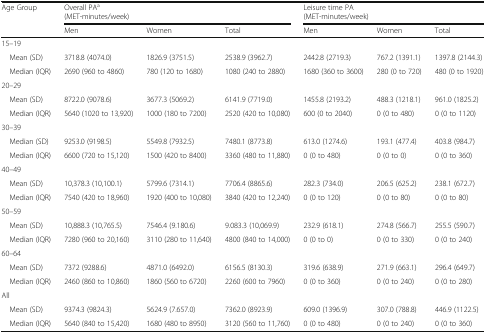
<table><thead><tr><td rowspan="3"><b>Age Group</b></td><td colspan="3"><b>Overall PA<sup>a</sup></b></td><td colspan="3"><b>Leisure time PA</b></td></tr><tr><td colspan="3"><b>(MET-minutes/week)</b></td><td colspan="3"><b>(MET-minutes/week)</b></td></tr><tr><td><b>Men</b></td><td><b>Women</b></td><td><b>Total</b></td><td><b>Men</b></td><td><b>Women</b></td><td><b>Total</b></td></tr></thead><tbody><tr><td colspan="7">15–19</td></tr><tr><td> Mean (SD)</td><td>3718.8 (4074.0)</td><td>1826.9 (3751.5)</td><td>2538.9 (3962.7)</td><td>2442.8 (2719.3)</td><td>767.2 (1391.1)</td><td>1397.8 (2144.3)</td></tr><tr><td> Median (IQR)</td><td>2690 (960 to 4860)</td><td>780 (120 to 1680)</td><td>1080 (240 to 2880)</td><td>1680 (360 to 3600)</td><td>280 (0 to 720)</td><td>480 (0 to 1920)</td></tr><tr><td colspan="7">20–29</td></tr><tr><td> Mean (SD)</td><td>8722.0 (9078.6)</td><td>3677.3 (5069.2)</td><td>6141.9 (7719.0)</td><td>1455.8 (2193.2)</td><td>488.3 (1218.1)</td><td>961.0 (1825.2)</td></tr><tr><td> Median (IQR)</td><td>5640 (1020 to 13,920)</td><td>1000 (180 to 7200)</td><td>2520 (420 to 10,080)</td><td>600 (0 to 2040)</td><td>0 (0 to 480)</td><td>0 (0 to 1120)</td></tr><tr><td colspan="7">30–39</td></tr><tr><td> Median (SD)</td><td>9253.0 (9198.5)</td><td>5549.8 (7932.5)</td><td>7480.1 (8773.8)</td><td>613.0 (1274.6)</td><td>193.1 (477.4)</td><td>403.8 (984.7)</td></tr><tr><td> Median (IQR)</td><td>6600 (720 to 15,120)</td><td>1500 (420 to 8400)</td><td>3360 (480 to 11,880)</td><td>0 (0 to 480)</td><td>0 (0 to 0)</td><td>0 (0 to 360)</td></tr><tr><td colspan="7">40–49</td></tr><tr><td> Mean (SD)</td><td>10,378.3 (10,100.1)</td><td>5799.6 (7314.1)</td><td>7706.4 (8865.6)</td><td>282.3 (734.0)</td><td>206.5 (625.2)</td><td>238.1 (672.7)</td></tr><tr><td> Median (IQR)</td><td>7540 (420 to 18,960)</td><td>1920 (400 to 10,080)</td><td>3840 (420 to 12,240)</td><td>0 (0 to 120)</td><td>0 (0 to 80)</td><td>0 (0 to 80)</td></tr><tr><td colspan="7">50–59</td></tr><tr><td> Mean (SD)</td><td>10,888.3 (10,765.5)</td><td>7546.4 (9.180.6)</td><td>9.083.3 (10,069.9)</td><td>232.9 (618.1)</td><td>274.8 (566.7)</td><td>255.5 (590.7)</td></tr><tr><td> Median (IQR)</td><td>7280 (960 to 20,160)</td><td>3110 (280 to 11,640)</td><td>4800 (840 to 14,000)</td><td>0 (0 to 0)</td><td>0 (0 to 330)</td><td>0 (0 to 240)</td></tr><tr><td colspan="7">60–64</td></tr><tr><td> Mean (SD)</td><td>7372 (9288.6)</td><td>4871.0 (6492.0)</td><td>6156.5 (8130.3)</td><td>319.6 (638.9)</td><td>271.9 (663.1)</td><td>296.4 (649.7)</td></tr><tr><td> Median (IQR)</td><td>2460 (860 to 10,860)</td><td>1860 (560 to 6720)</td><td>2260 (600 to 7960)</td><td>0 (0 to 360)</td><td>0 (0 to 240)</td><td>0 (0 to 280)</td></tr><tr><td colspan="7">All</td></tr><tr><td> Mean (SD)</td><td>9374.3 (9824.3)</td><td>5624.9 (7.657.0)</td><td>7362.0 (8923.9)</td><td>609.0 (1396.9)</td><td>307.0 (788.8)</td><td>446.9 (1122.5)</td></tr><tr><td> Median (IQR)</td><td>5640 (840 to 15,420)</td><td>1680 (480 to 8950)</td><td>3120 (560 to 11,760)</td><td>0 (0 to 480)</td><td>0 (0 to 240)</td><td>0 (0 to 360)</td></tr></tbody></table>